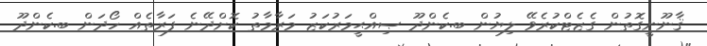
ޤާނޫނީގޮތުން ގެޒެޓްކުރެވޭ ލިޔުން ބ.ކެންދޫ ޞިއްޙީމަރުކަޒު މަރާމާތު ކޮށްދޭނެ ފަރާތެއް ހޯދަން ބ.ކެންދޫ